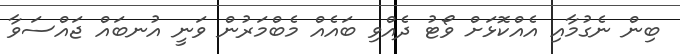
ބިން ނެގުމާއި އެއްކޮޅަށް ވޯޓު ދެއްވި ބައެއް މެބްމަރުން ވަނީ އުނބައް ޖައްސަވާ